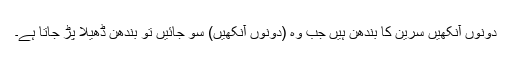
دونوں آنکھیں سرین کا بندھن ہیں جب وہ (دونوں آنکھیں) سو جائیں تو بندھن ڈھیلا پڑ جاتا ہے۔